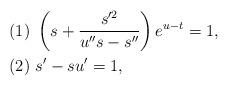
LaTeX: \begin{align*}&(1)\,\,\left(s+\frac{s'^{2}}{u''s-s''}\right)e^{u-t}=1, \\&(2)\,\,s'-su'=1,\end{align*}